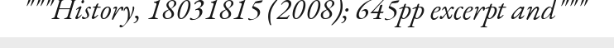
"""History, 18031815 (2008); 645pp excerpt and"""